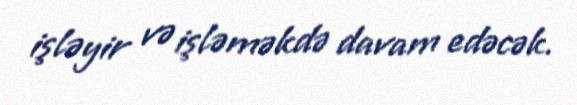
işləyir və işləməkdə davam edəcək.